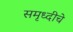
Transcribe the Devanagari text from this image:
समृध्‍दीचे